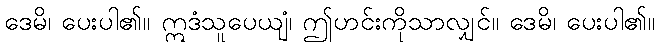
ဒေမိ၊ ပေးပါ၏။ ဣဒံသူပေယျံ၊ ဤဟင်းကိုသာလျှင်။ ဒေမိ၊ ပေးပါ၏။